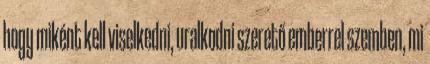
hogy miként kell viselkedni, uralkodni szerető emberrel szemben, mi